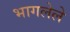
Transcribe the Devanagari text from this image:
भागलेले